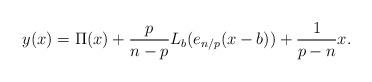
LaTeX: \begin{align*}y(x)=\Pi (x)+\frac{p}{n-p}L_{b}(e_{n/p}(x-b))+\frac{1}{p-n}x.\end{align*}